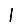
Digit: 1